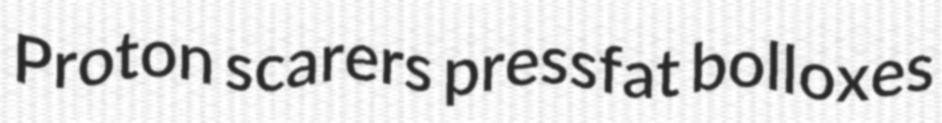
Proton scarers pressfat bolloxes